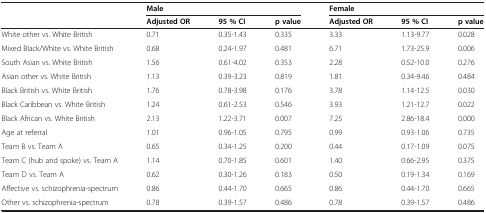
<table><thead><tr><td rowspan="2"></td><td colspan="3"><b>Male</b></td><td colspan="3"><b>Female</b></td></tr><tr><td><b>Adjusted OR</b></td><td><b>95 % CI</b></td><td><b>p value</b></td><td><b>Adjusted OR</b></td><td><b>95 % CI</b></td><td><b>p value</b></td></tr></thead><tbody><tr><td>White other vs. White British</td><td>0.71</td><td>0.35-1.43</td><td>0.335</td><td>3.33</td><td>1.13-9.77</td><td>0.028</td></tr><tr><td>Mixed Black/White vs. White British</td><td>0.68</td><td>0.24-1.97</td><td>0.481</td><td>6.71</td><td>1.73-25.9</td><td>0.006</td></tr><tr><td>South Asian vs. White British</td><td>1.56</td><td>0.61-4.02</td><td>0.353</td><td>2.28</td><td>0.52-10.0</td><td>0.276</td></tr><tr><td>Asian other vs. White British</td><td>1.13</td><td>0.39-3.23</td><td>0.819</td><td>1.81</td><td>0.34-9.46</td><td>0.484</td></tr><tr><td>Black British vs. White British</td><td>1.76</td><td>0.78-3.98</td><td>0.176</td><td>3.78</td><td>1.14-12.5</td><td>0.030</td></tr><tr><td>Black Caribbean vs. White British</td><td>1.24</td><td>0.61-2.53</td><td>0.546</td><td>3.93</td><td>1.21-12.7</td><td>0.022</td></tr><tr><td>Black African vs. White British</td><td>2.13</td><td>1.22-3.71</td><td>0.007</td><td>7.25</td><td>2.86-18.4</td><td>0.000</td></tr><tr><td>Age at referral</td><td>1.01</td><td>0.96-1.05</td><td>0.795</td><td>0.99</td><td>0.93-1.06</td><td>0.735</td></tr><tr><td>Team B vs. Team A</td><td>0.65</td><td>0.34-1.25</td><td>0.200</td><td>0.44</td><td>0.17-1.09</td><td>0.075</td></tr><tr><td>Team C (hub and spoke) vs. Team A</td><td>1.14</td><td>0.70-1.85</td><td>0.601</td><td>1.40</td><td>0.66-2.95</td><td>0.375</td></tr><tr><td>Team D vs. Team A</td><td>0.62</td><td>0.30-1.26</td><td>0.183</td><td>0.50</td><td>0.19-1.34</td><td>0.169</td></tr><tr><td>Affective vs. schizophrenia-spectrum</td><td>0.86</td><td>0.44-1.70</td><td>0.665</td><td>0.86</td><td>0.44-1.70</td><td>0.665</td></tr><tr><td>Other vs. schizophrenia-spectrum</td><td>0.78</td><td>0.39-1.57</td><td>0.486</td><td>0.78</td><td>0.39-1.57</td><td>0.486</td></tr></tbody></table>